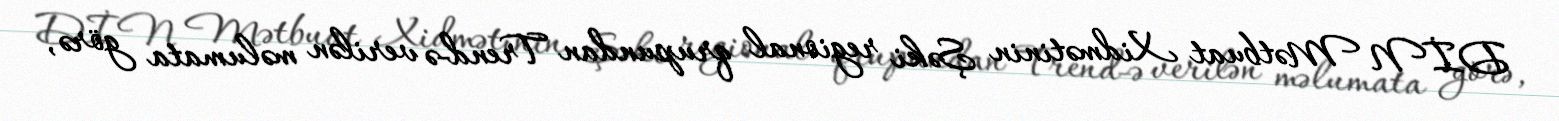
DİN Mətbuat Xidmətinin Şəki regional qrupundan Trend-ə verilən məlumata görə,